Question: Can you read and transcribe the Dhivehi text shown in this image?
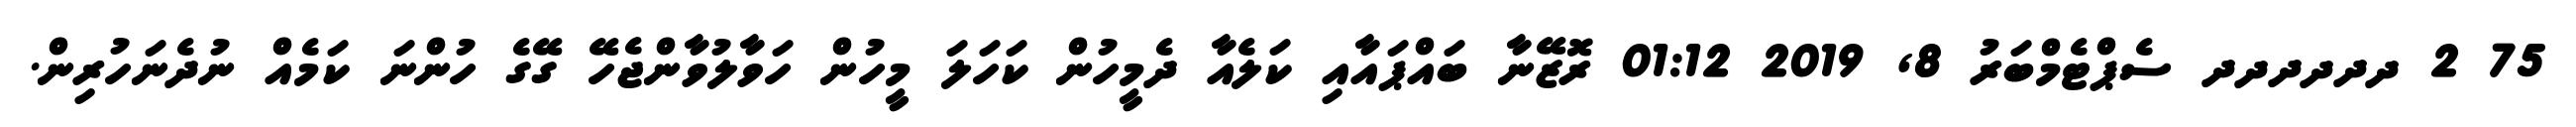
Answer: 75 2 ދދދދދދ ސެޕްޓެމްބަރު 8, 2019 01:12 ރޮޒޭނާ ބައްޕައާއި ކަލެއާ ދެމީހުން ކަހަލަ މީހުން ހަވާލުވާންޖެހޭ ގޭގެ ހުންނަ ކަމެއް ނުދެނަހުރިން.